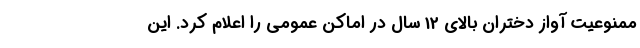
ممنوعیت آواز دختران بالای 12 سال در اماکن عمومی را اعلام کرد. این